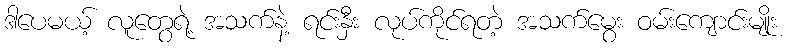
ဒါပေမယ့် လူတွေရဲ့ အသက်နဲ့ ရင်းနှီး လုပ်ကိုင်ရတဲ့ အသက်မွေး ဝမ်းကျောင်းမျိုး